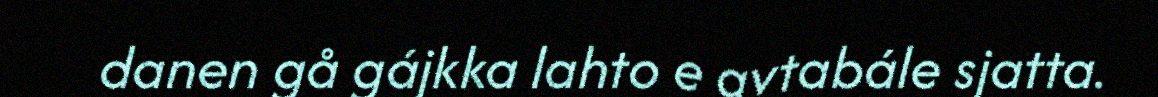
danen gå gájkka lahto e avtabále sjatta.